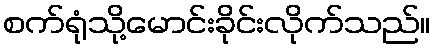
စက်ရုံသို့မောင်းခိုင်းလိုက်သည်။